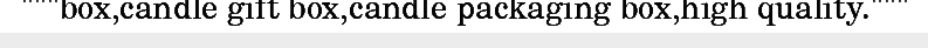
"""box,candle gift box,candle packaging box,high quality."""